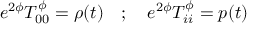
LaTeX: e ^ { 2 \phi } T _ { 0 0 } ^ { \phi } = \rho ( t ) \quad ; \quad e ^ { 2 \phi } T _ { i i } ^ { \phi } = p ( t )